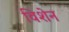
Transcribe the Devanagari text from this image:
विशेन